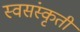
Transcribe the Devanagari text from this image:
स्वसंस्कृती